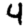
Digit: 4